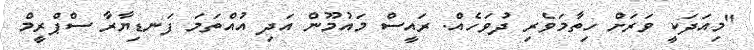
"މިއަދަކީ ވަރަށް ހިތާމަވެރި ދުވަހެއް. ރައީސް މައުމޫން އަދި އުއްތަމަ ފަނޑިޔާރާ ސްޕްރީމް